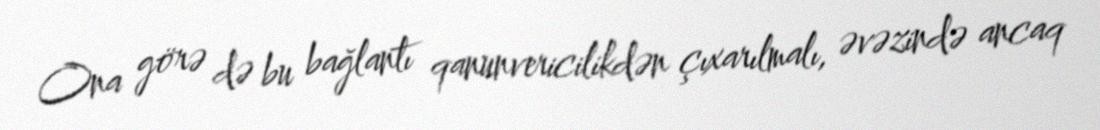
Ona görə də bu bağlantı qanunvericilikdən çıxarılmalı, əvəzində ancaq